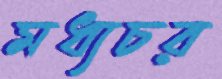
মধ্যচর